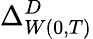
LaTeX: \Delta_{W(0,T)}^{D}